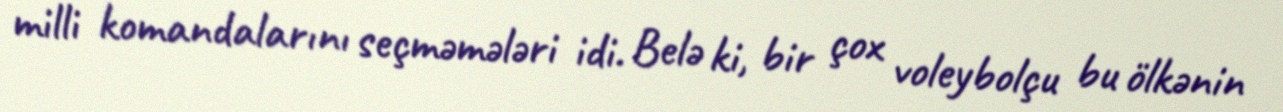
milli komandalarını seçməmələri idi. Belə ki, bir çox voleybolçu bu ölkənin